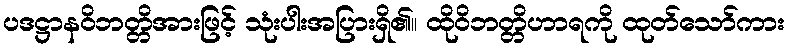
ပဒဋ္ဌာနဝိဘတ္တိအားဖြင့် သုံးပါးအပြားရှိ၏။ ထိုဝိဘတ္တိဟာရကို ထုတ်သော်ကား